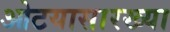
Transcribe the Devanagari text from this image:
ओटयासारख्या